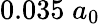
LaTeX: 0.035\; a_{0}